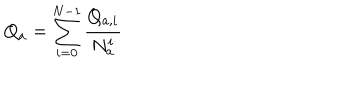
LaTeX: Q _ { a } = \sum _ { i = 0 } ^ { N - 1 } \frac { Q _ { a , i } } { N _ { a } ^ { i } }